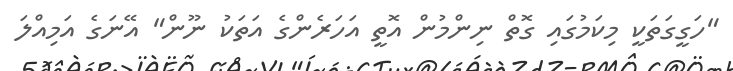
"ހަގީގަތަކީ މިކަމުގައި ގޮތް ނިންމުން އޮތީ އަހަރެންގެ އަތަކު ނޫން" އޭނަގެ އަމިއްލަ